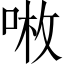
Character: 𠶣